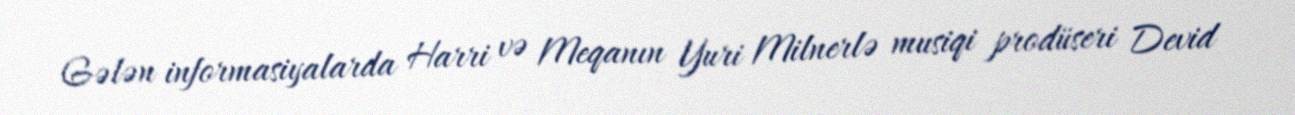
Gələn informasiyalarda Harri və Meqanın Yuri Milnerlə musiqi prodüseri Devid